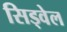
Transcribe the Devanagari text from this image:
सिड्वेल